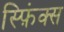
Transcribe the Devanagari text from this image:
स्फ़िंक्स